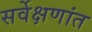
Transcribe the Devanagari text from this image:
सर्वेक्षणांत